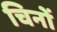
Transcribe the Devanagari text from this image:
चिनों